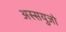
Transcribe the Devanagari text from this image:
अस्सयुजो